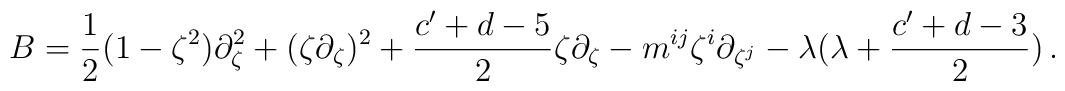
B=\frac{1}{2}(1-\zeta^2)\partial_\zeta^2+(\zeta\partial_\zeta)^2+\frac{c^\prime+d-5}{2}\zeta\partial_\zeta-m^{ij}\zeta^i\partial_{\zeta^j}-\lambda(\lambda+\frac{c^\prime+d-3}{2})\,.